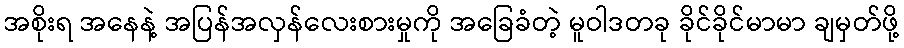
အစိုးရ အနေနဲ့ အပြန်အလှန်လေးစားမှုကို အခြေခံတဲ့ မူဝါဒတခု ခိုင်ခိုင်မာမာ ချမှတ်ဖို့